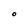
Character: O